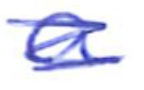
Text: a
Cross-out: scratch
Writing tool: ballpoint